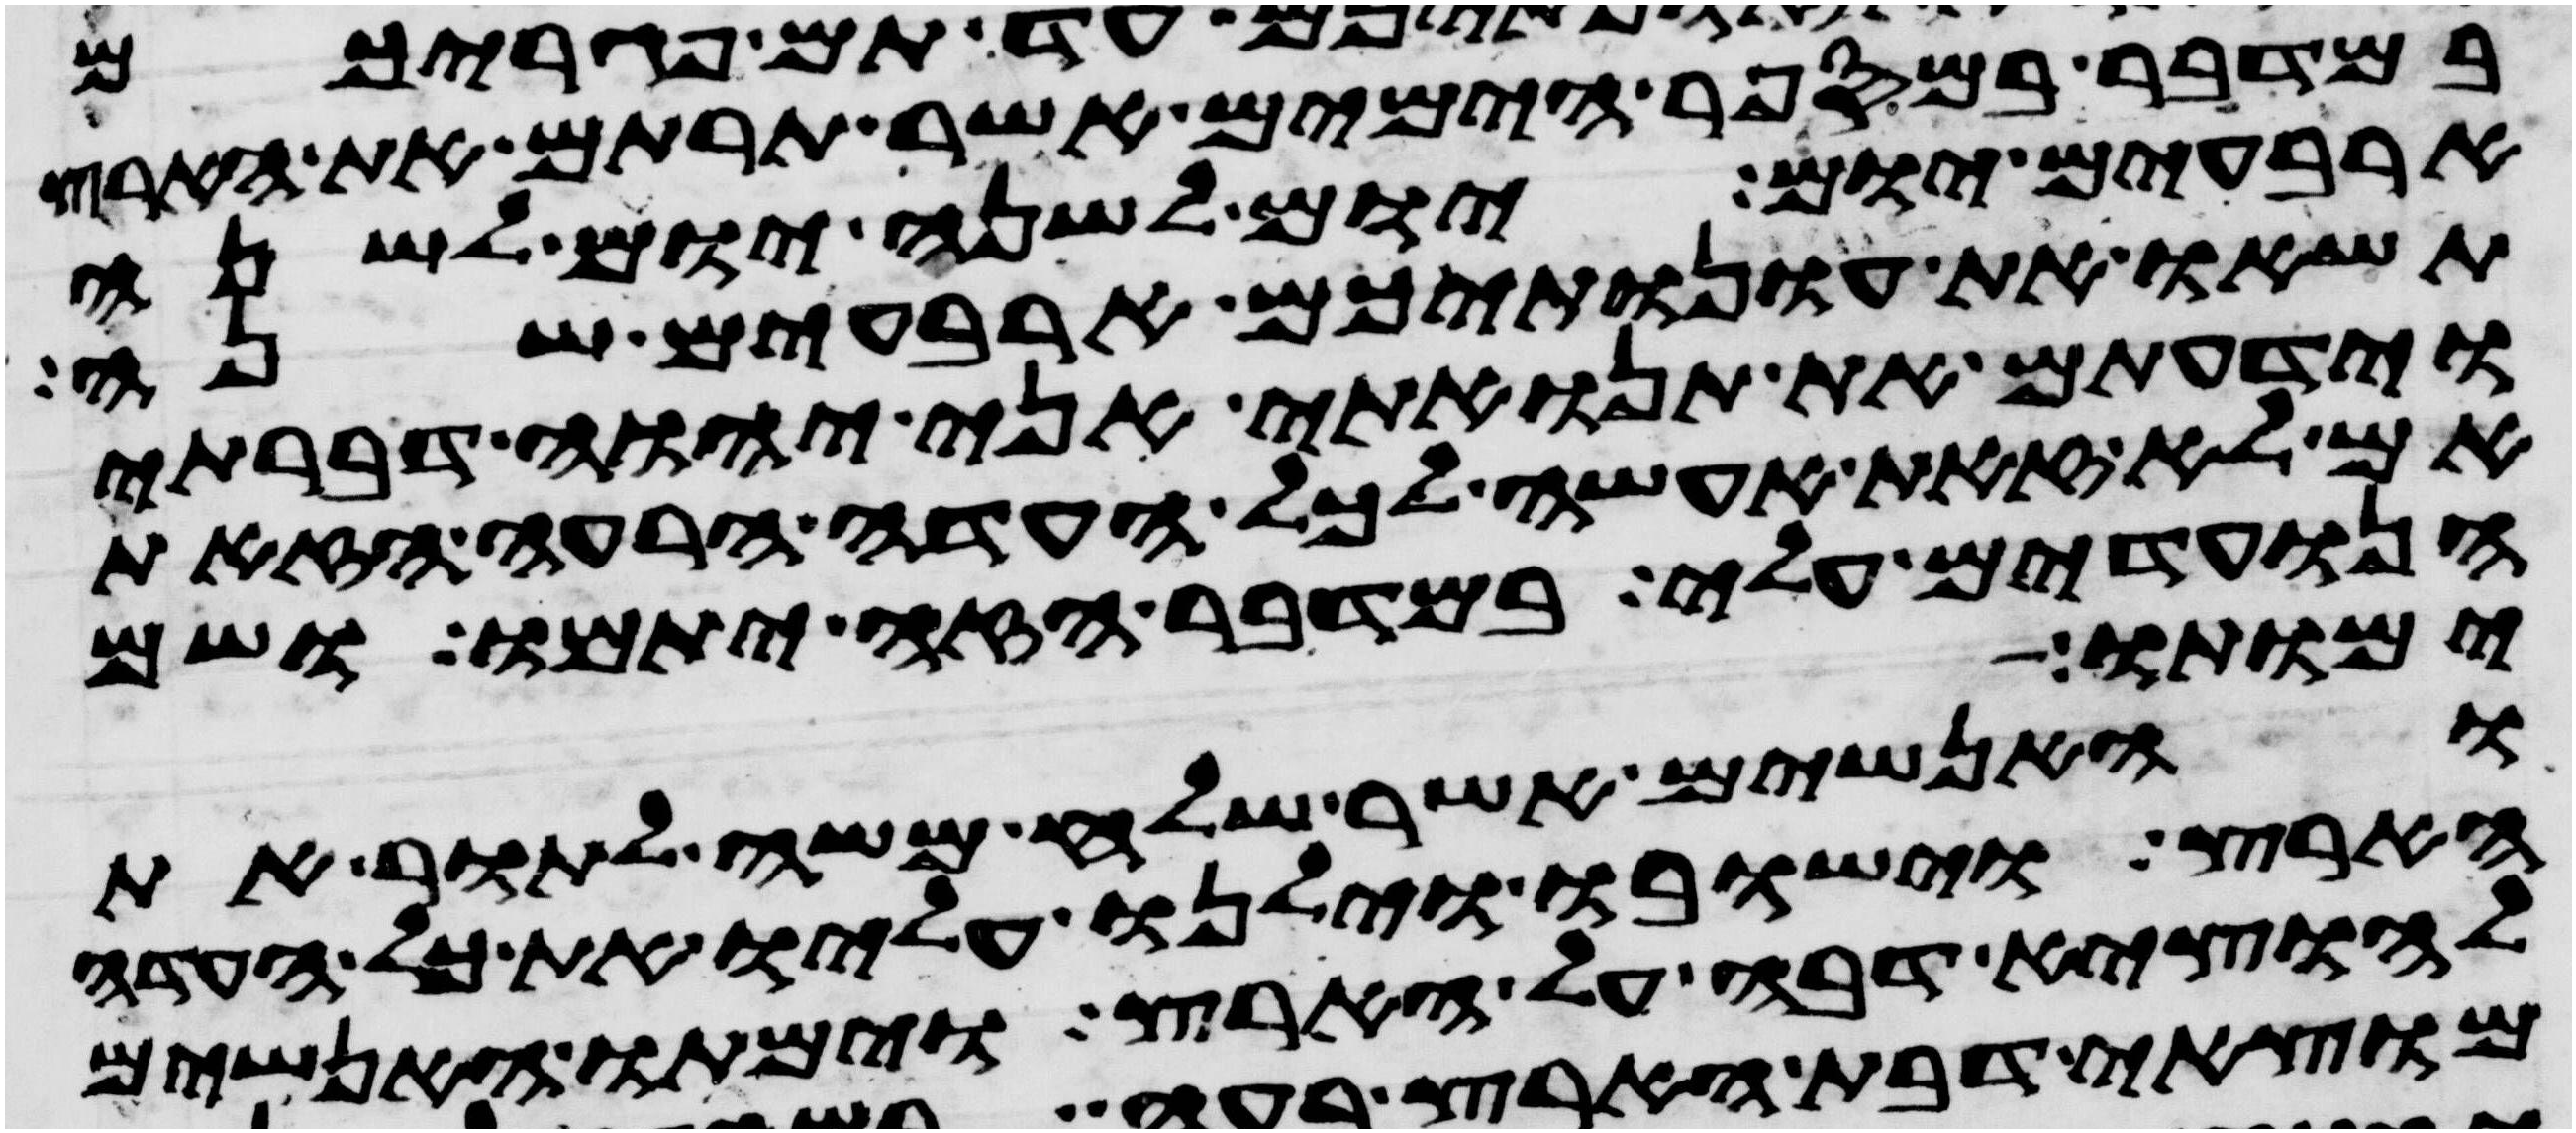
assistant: במדבר במספר הימים אשר תרתם את הארץ
ארבעים יום יום לשנה יום לשנה
תשאו את עונתיכם ארבעים שנה
וידעתם את תנואתי אני יהוה דברתי
אם לא זאת אעשה לכל העדה הרעה הזאת
הנועדים עלי במדבר הזה יתמו ושם
ימותו
והאנשים אשר שלח משה לתור את
הארץ וישבו וילנו עליו את כל העדה
להוציא דבה על הארץ וימתו האנשים